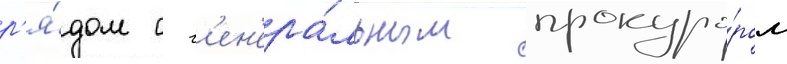
р'я́дом с г'ен'ера́льным прокуро́ром